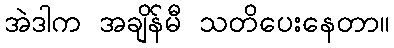
အဲဒါက အချိန်မီ သတိပေးနေတာ။